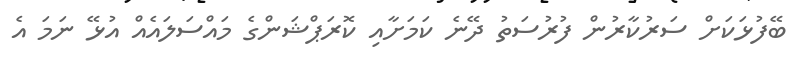
ބޭފުޅަކަށް ސަރުކާރުން ފުރުސަތު ދޭނެ ކަމަށާއި ކޮރަޕްޝަންގެ މައްސަލައެއް އުޅޭ ނަމަ އެ